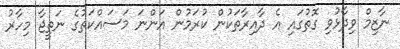
ނާޒިމް ވިދާޅުވި ގޮތުގައި އެ ދާއިރާތަކުން ކުރަމުން އަންނަ މަސައްކަތުގެ ނަތީޖާ މިހާރު